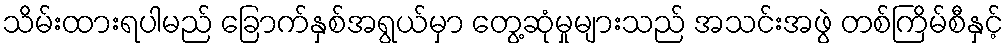
သိမ်းထားရပါမည် ခြောက်နှစ်အရွယ်မှာ တွေ့ဆုံမှုများသည် အသင်းအဖွဲ တစ်ကြိမ်စီနှင့်